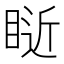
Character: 𥇐